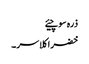
ذرہ سوچیئے
خضراکلاسر۔